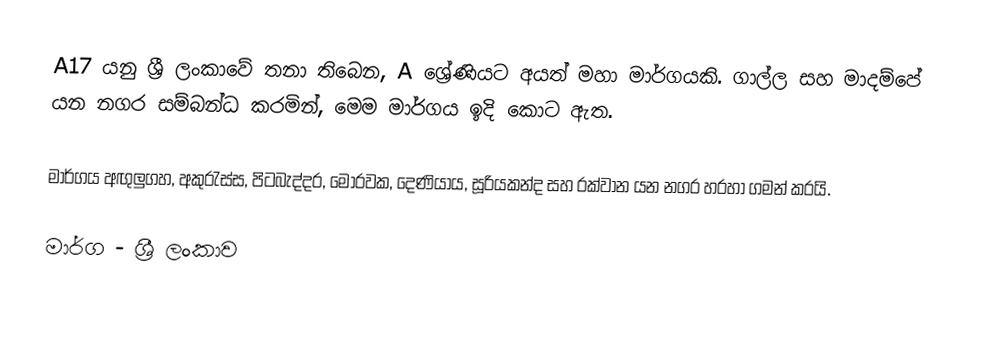
A17 යනු ශ්‍රී ලංකාවේ තනා තිබෙන, A ශ්‍රේණියට අයත් මහා මාර්ගයකි. ගාල්ල සහ මාදම්පේ යන නගර සම්බන්ධ කරමින්, මෙම මාර්ගය ඉදි කොට ඇත.

මාර්ගය අඟුලුගහ, අකුරැස්ස, පිටබැද්දර, මොරවක, දෙණියාය, සූරියකන්ද සහ රක්වාන යන නගර හරහා ගමන් කරයි.

මාර්ග - ශ්‍රී ලංකාව